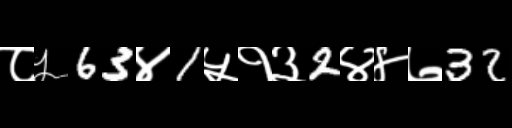
Text: ८५63४1५१३2४४७32